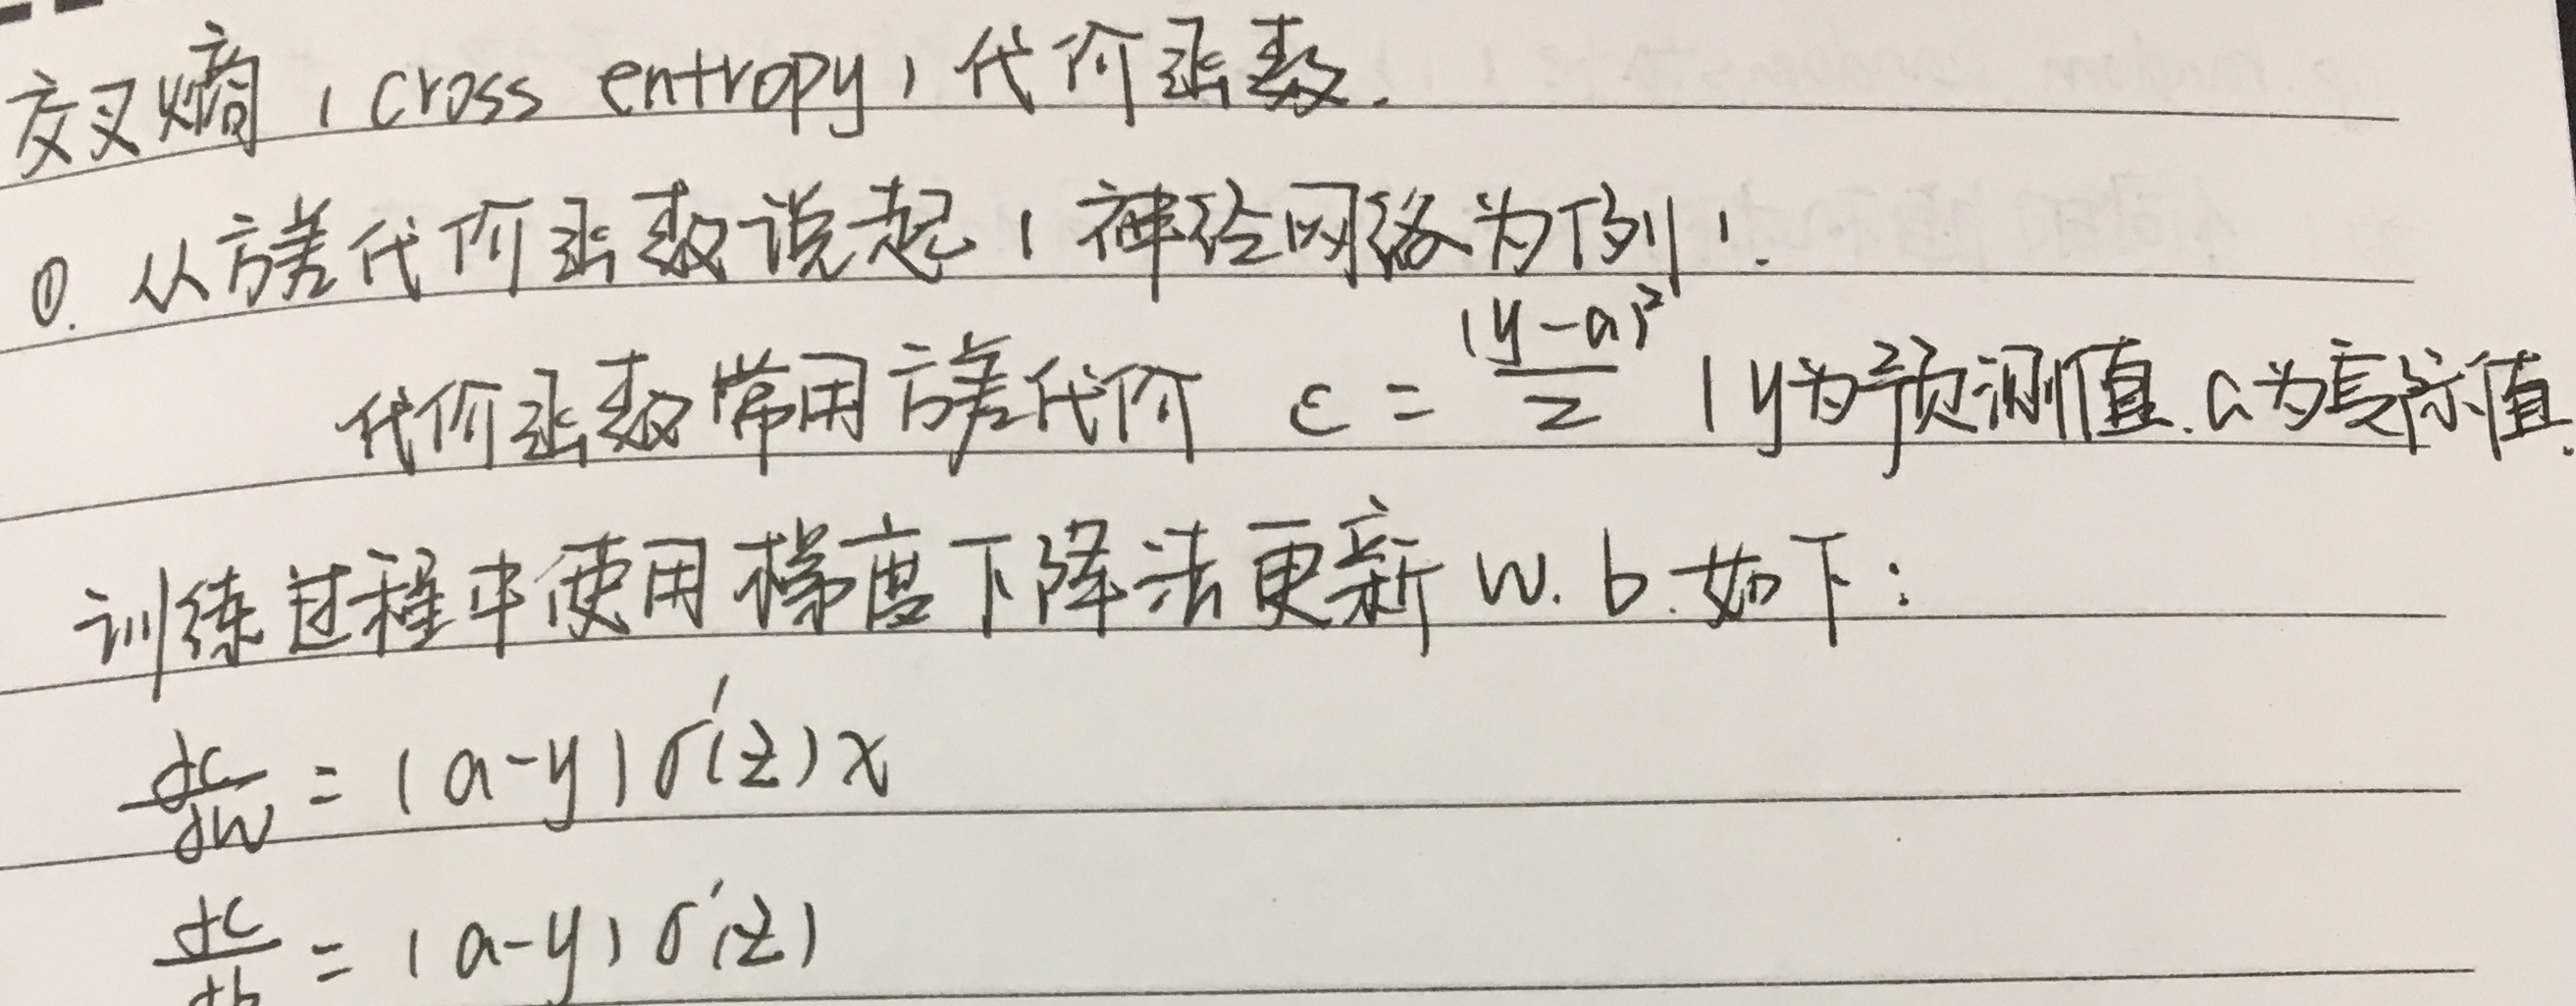
交叉熵（cross entropy）代价函数。
0. 从方差代价函数说起（神经网络为例）。代价函数常用方差代价 \(C = \frac{(y - a)^2}{2}\)，\(y\) 为预测值，\(a\) 为真实值。训练过程中使用梯度下降法更新 \(w\), \(b\) 如下：
\[
\frac{\partial C}{\partial w}=(a - y)\sigma'(z)x
\]
\[
\frac{\partial C}{\partial b}=(a - y)\sigma'(z)
\]